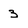
Character: 3